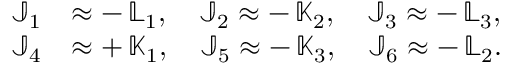
\begin{array} { r l } { { \mathbb J } _ { 1 } } & { \approx - \, { \mathbb L } _ { 1 } , \quad { \mathbb J } _ { 2 } \approx - \, { \mathbb K } _ { 2 } , \quad { \mathbb J } _ { 3 } \approx - \, { \mathbb L } _ { 3 } , } \\ { { \mathbb J } _ { 4 } } & { \approx + \, { \mathbb K } _ { 1 } , \quad { \mathbb J } _ { 5 } \approx - \, { \mathbb K } _ { 3 } , \quad { \mathbb J } _ { 6 } \approx - \, { \mathbb L } _ { 2 } . } \end{array}